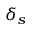
\delta _ { s }